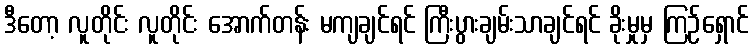
ဒီတော့ လူတိုင်း လူတိုင်း အောက်တန်း မကျချင်ရင် ကြီးပွားချမ်းသာချင်ရင် ခိုးမှုမှ ကြဉ်ရှောင်